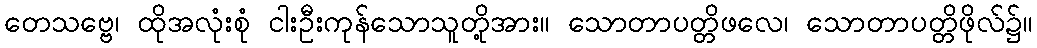
တေသဗ္ဗေ၊ ထိုအလုံးစုံ ငါးဦးကုန်သောသူတို့အား။ သောတာပတ္တိဖလေ၊ သောတာပတ္တိဖိုလ်၌။